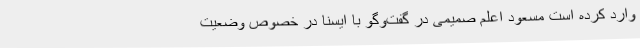
وارد کرده است مسعود اعلم صمیمی در گفت‌وگو با ایسنا در خصوص وضعیت